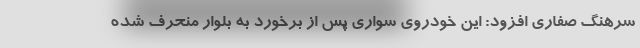
سرهنگ صفاری افزود: این خودروی سواری پس از برخورد به بلوار منحرف شده